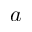
a